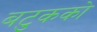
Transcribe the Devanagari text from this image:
बटुकको